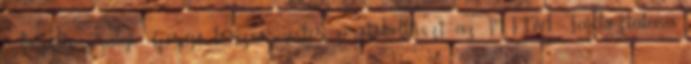
– közölte Sályi Gergő törzsőrmester, protokolltiszt az MTI-vel. Tájékoztatása